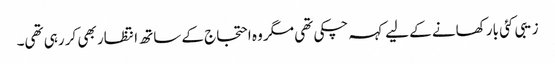
زیبی کئی بار کھانے کے لیے کہہ چکی تھی مگر وہ احتجاج کے ساتھ انتظار بھی کر رہی تھی۔